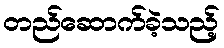
တည်ဆောက်ခဲ့သည့်